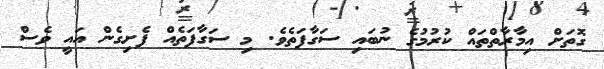
ގޮތަށް އިމާރާތްތައް ކުރުމުގެ ނުބައި ސަގާފަތެވެ. މި ސަގާފަތެއް ފެށިގެން އައީ ވެސް